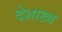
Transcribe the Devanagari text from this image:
देशाख्य